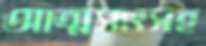
আত্মসাৎসহ